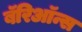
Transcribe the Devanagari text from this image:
बॅरिऑन्स